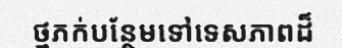
ថ្មភក់បន្ថែមទៅទេសភាពដ៏